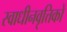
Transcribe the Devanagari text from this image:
स्वाधीनवृत्तिकों